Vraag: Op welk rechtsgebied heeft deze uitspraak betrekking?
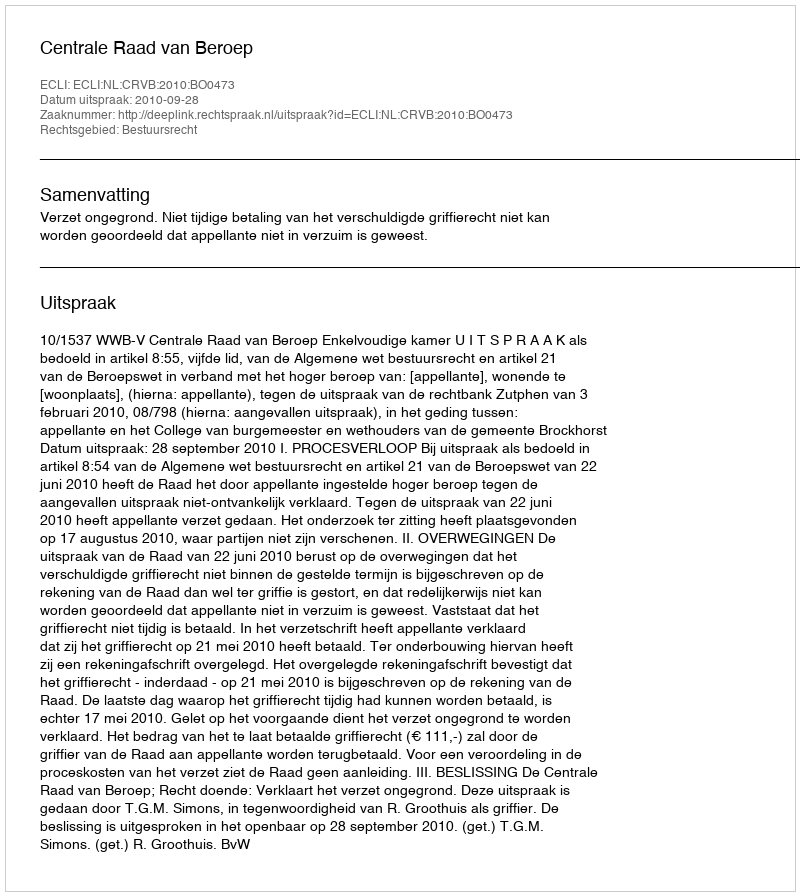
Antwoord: Bestuursrecht